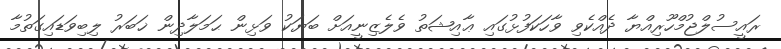
ރައީސުލްޖުމްހޫރިއްޔާ ދެއްކެވި ވާހަކަފުޅުގައި ޢާއިޝަތު ވެލެޒިނީއަށް ބަޔަކު ވަޅިން ޙަމަލާދިން ޚަބަރު ލިބިވަޑައިގަތުމާ